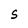
Character: 5